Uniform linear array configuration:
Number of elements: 16
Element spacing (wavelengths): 0.25
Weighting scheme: cosine
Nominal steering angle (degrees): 0
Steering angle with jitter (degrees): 1.853
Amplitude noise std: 0.05
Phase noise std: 0.05

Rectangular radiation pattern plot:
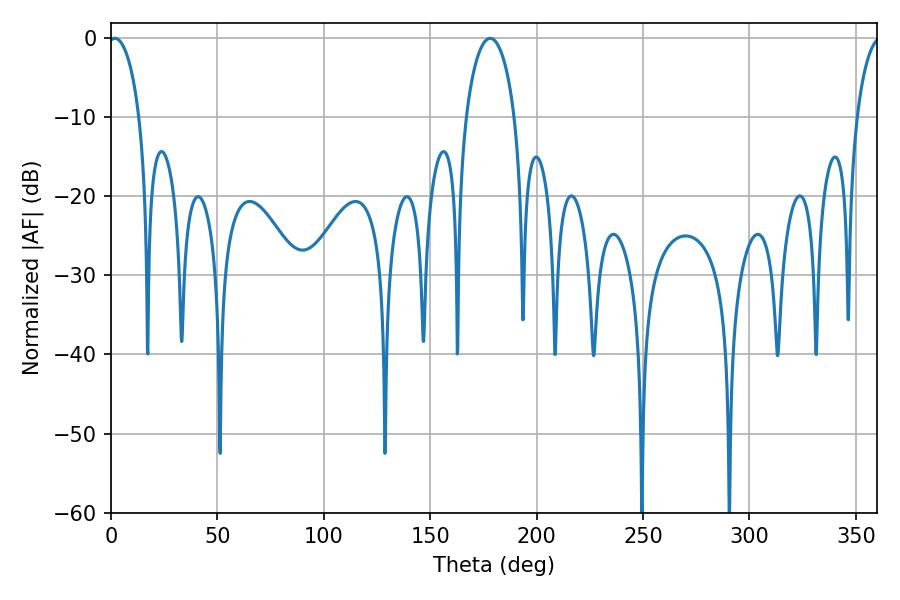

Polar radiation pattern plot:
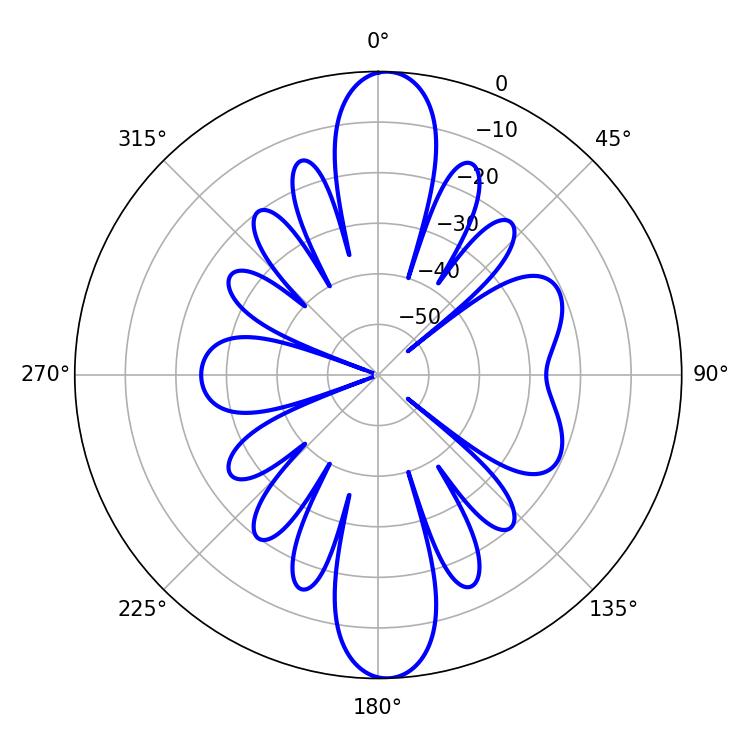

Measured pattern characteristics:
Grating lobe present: FALSE
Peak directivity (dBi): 19.947
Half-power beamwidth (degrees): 8.46
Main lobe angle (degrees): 1.8